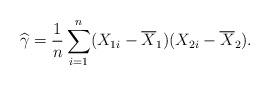
LaTeX: \begin{align*} \widehat{\gamma} = \frac1n \sum_{i=1}^n ( X_{1i} - \overline{X}_1)( X_{2i} - \overline{X}_2 ).\end{align*}